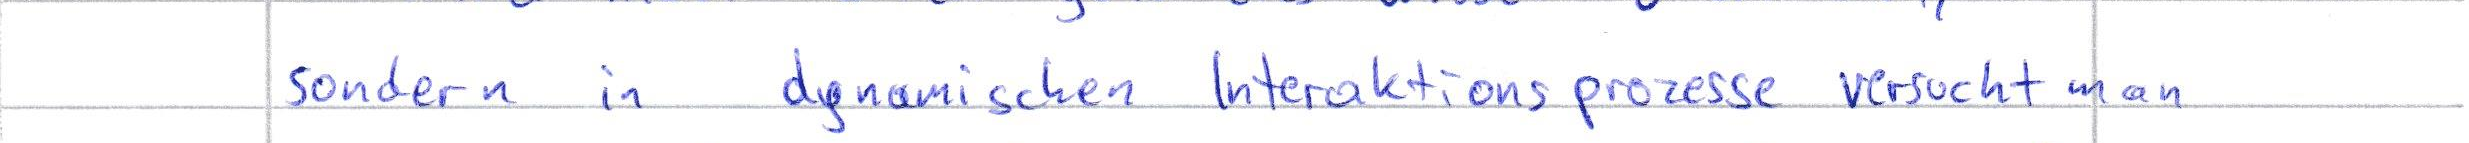
sondern in dynamischen Interaktionsprozesse versucht man